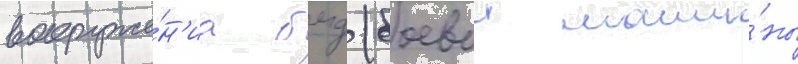
вооруже́н'иа бмд (боевои маши́ны